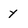
Character: y